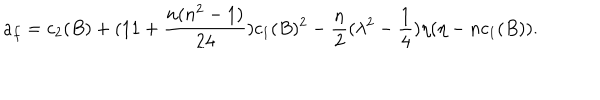
a _ { f } = c _ { 2 } ( B ) + ( 1 1 + \frac { n ( n ^ { 2 } - 1 ) } { 2 4 } ) c _ { 1 } ( B ) ^ { 2 } - \frac { n } { 2 } ( \lambda ^ { 2 } - \frac { 1 } { 4 } ) \eta ( \eta - n c _ { 1 } ( B ) ) .